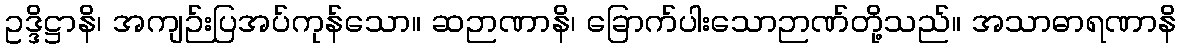
ဥဒ္ဒိဋ္ဌာနိ၊ အကျဉ်းပြအပ်ကုန်သော။ ဆဉာဏာနိ၊ ခြောက်ပါးသောဉာဏ်တို့သည်။ အသာဓာရဏာနိ